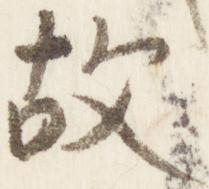
故